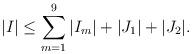
LaTeX: \begin{align*} \vert I\vert\leq \sum_{m=1}^9\vert I_m\vert+\vert J_1\vert+\vert J_2\vert. \end{align*}